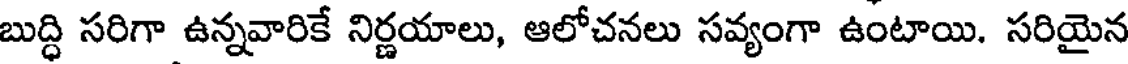
బుద్ధి సరిగా ఉన్నవారికే నిర్ణయాలు, ఆలోచనలు సవ్యంగా ఉంటాయి. సరియైన